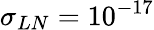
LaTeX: \sigma_{LN}=10^{-17}